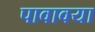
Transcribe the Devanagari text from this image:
पावावया